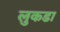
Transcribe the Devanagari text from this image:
लुकडा